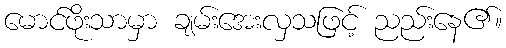
မောင်ဖိုးသာမှာ ချမ်းအေးလှသဖြင့် ညည်းနေ၏။